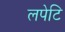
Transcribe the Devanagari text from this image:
लपेटि